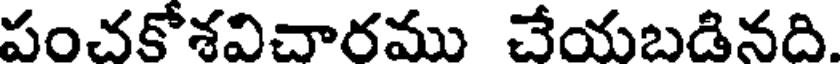
పంచకోశవిచారము చేయబడినది.